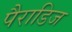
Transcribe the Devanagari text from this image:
पैराडिज